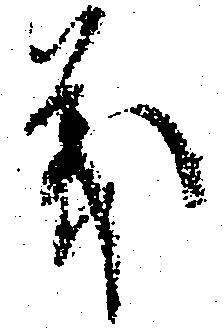
義